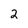
Character: 2